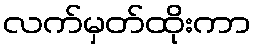
လက်မှတ်ထိုးကာ